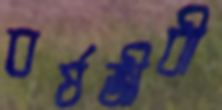
বর্ষজীবী